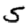
Digit: 5